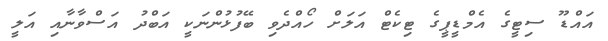
އައްޑޫ ސިޓީގެ އެމްޑީޕީގެ ޓިކެޓް އަލަށް ހޯއްދެވި ބޭފުޅުންނަކީ އަބްދު އަސްވާނާއި އަލީ